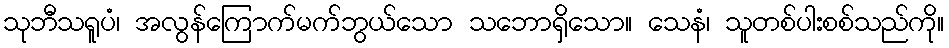
သုဘီသရူပံ၊ အလွန်ကြောက်မက်ဘွယ်သော သဘောရှိသော။ သေနံ၊ သူတစ်ပါးစစ်သည်ကို။